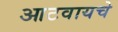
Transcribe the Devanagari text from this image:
आटवायचे